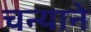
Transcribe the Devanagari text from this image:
चन्याने